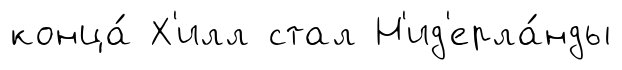
конца́ Х'илл стал Н'ид'ерла́нды